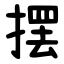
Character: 摆